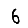
Digit: 6